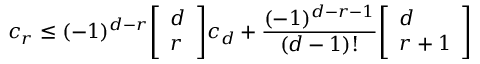
c _ { r } \leq ( - 1 ) ^ { d - r } { \left[ \begin{array} { l } { d } \\ { r } \end{array} \right] } c _ { d } + { \frac { ( - 1 ) ^ { d - r - 1 } } { ( d - 1 ) ! } } { \left[ \begin{array} { l } { d } \\ { r + 1 } \end{array} \right] }